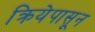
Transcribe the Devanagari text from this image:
क्रियेपासून